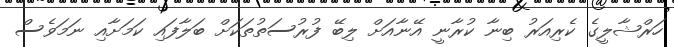
ހަރްޝާލީގެ ކެރިއަރު ބިނާ ކުރާނީ އޭނާއަށް ލިބޭ ފުރުސަތުތަކަށް ބަލާފައި ކަމަށާއި ނަމަވެސް